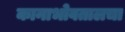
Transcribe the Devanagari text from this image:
कानाभोवतालचा